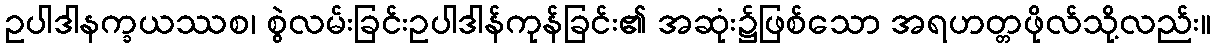
ဥပါဒါနက္ခယဿစ၊ စွဲလမ်းခြင်းဥပါဒါန်ကုန်ခြင်း၏ အဆုံး၌ဖြစ်သော အရဟတ္တဖိုလ်သို့လည်း။